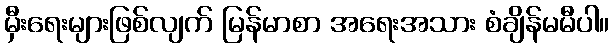
မှီးရေးများဖြစ်လျက် မြန်မာစာ အရေးအသား စံချိန်မမီပါ။